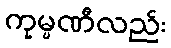
ကုမ္ပဏီလည်း